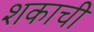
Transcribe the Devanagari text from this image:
शकाची